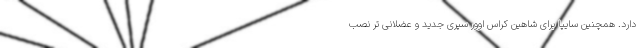
دارد. همچنین سایپا برای شاهین کراس اوور سپری جدید و عضلانی تر نصب